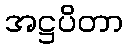
အဋ္ဌပိတာ